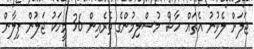
ޖަލަށް ލެވުނު އެތައް ހާސް މުސްލިމުންގެ ތެރެއިން 36 މީހަކު ޖަލުން ފިލާން